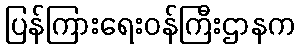
ပြန်ကြားရေးဝန်ကြီးဌာနက